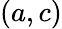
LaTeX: \left(a,c\right)